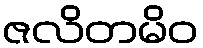
ဇလိတမိဝ